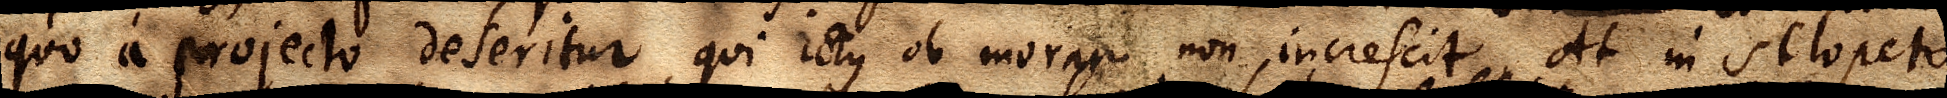
quo a projecto deseritur, qui ictus ob moram non increscit. At in sclopeto